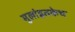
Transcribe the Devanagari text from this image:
मुलांइतकेच